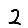
Digit: 2